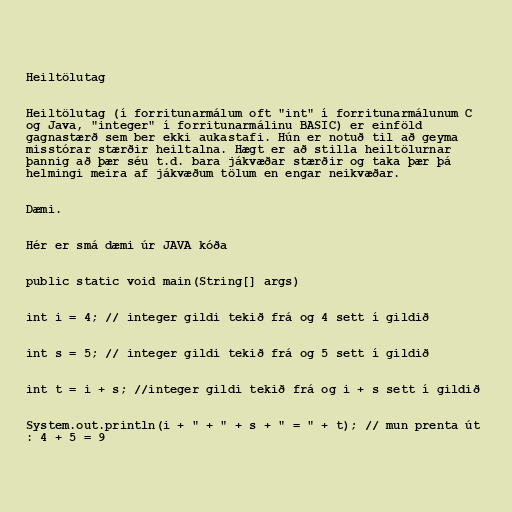
Heiltölutag

Heiltölutag (í forritunarmálum oft "int" í forritunarmálunum C
og Java, "integer" í forritunarmálinu BASIC) er einföld
gagnastærð sem ber ekki aukastafi. Hún er notuð til að geyma
misstórar stærðir heiltalna. Hægt er að stilla heiltölurnar
þannig að þær séu t.d. bara jákvæðar stærðir og taka þær þá
helmingi meira af jákvæðum tölum en engar neikvæðar.

Dæmi.

Hér er smá dæmi úr JAVA kóða

public static void main(String[] args)

int i = 4; // integer gildi tekið frá og 4 sett í gildið

int s = 5; // integer gildi tekið frá og 5 sett í gildið

int t = i + s; //integer gildi tekið frá og i + s sett í gildið

System.out.println(i + " + " + s + " = " + t); // mun prenta út
: 4 + 5 = 9